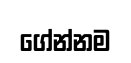
ගේන්නම